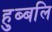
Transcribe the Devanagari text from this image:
हुब्बलि